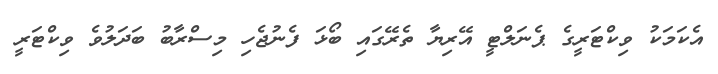
އެކަމަކު ވިކްޓަރީގެ ޕެނަލްޓީ އޭރިޔާ ތެރޭގައި ބޯޅަ ފެނުޖެހި މިސްރާބު ބަދަލުވެ ވިކްޓަރީ